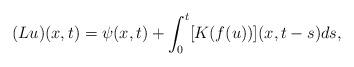
LaTeX: \begin{align*} (Lu)(x,t)=\psi(x,t)+\int_{0}^{t}[K(f(u))](x,t-s)ds,\end{align*}